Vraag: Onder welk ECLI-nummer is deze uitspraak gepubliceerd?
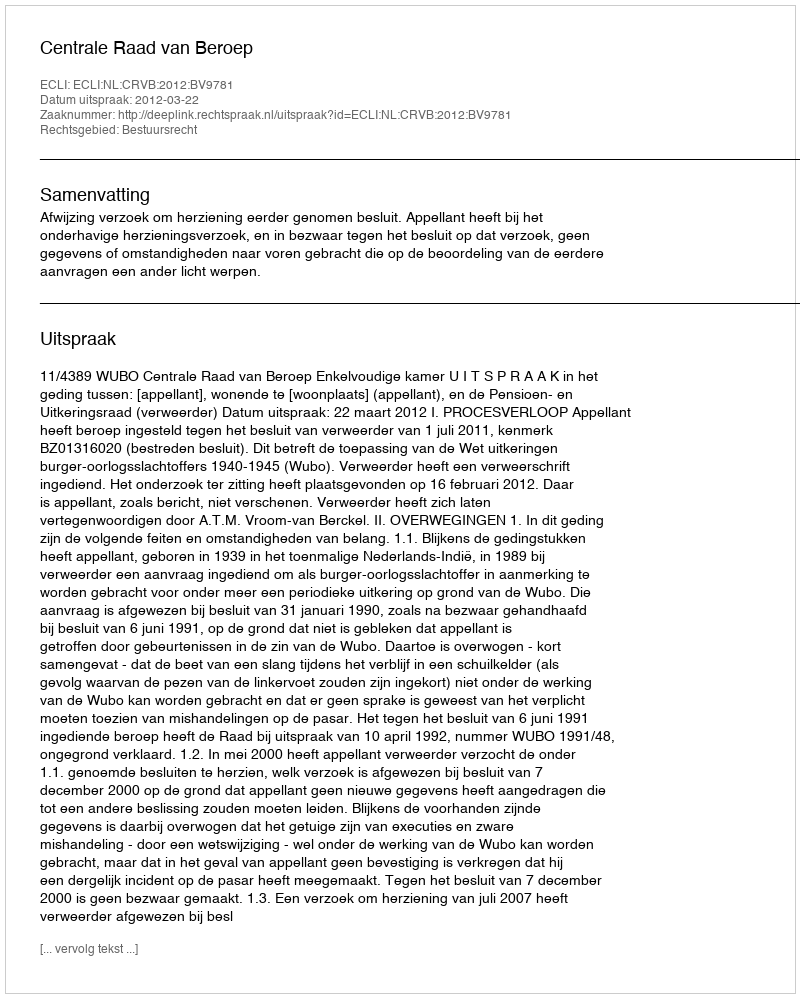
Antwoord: ECLI:NL:CRVB:2012:BV9781